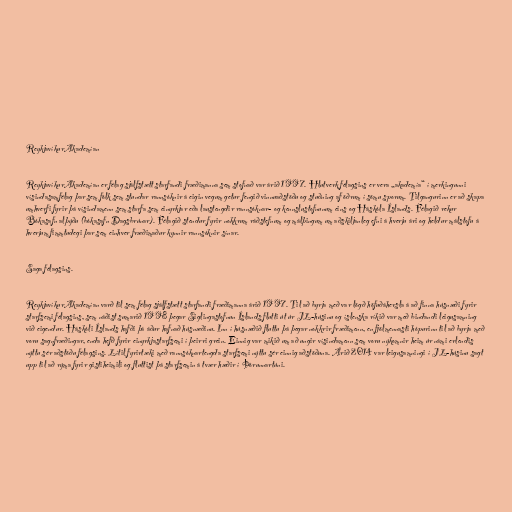
ReykjavíkurAkademían

ReykjavíkurAkademían er félag sjálfstætt starfandi fræðimanna sem stofnað var árið 1997. Hlutverk félagsins er vera „akademía“ í merkingunni
vísindasamfélag þar sem fólk sem stundar rannsóknir á eigin vegum getur fengið vinnuaðstöðu og stuðning af öðrum í sömu sporum. Tilgangurinn er að skapa
umhverfi fyrir þá vísindamenn sem starfa sem einyrkjar eða laustengdir rannsóknar- og kennslustofnunum eins og Háskóla Íslands. Félagið rekur
Bókasafn alþýðu (bókasafn Dagsbrúnar). Félagið stendur fyrir nokkrum ráðstefnum og málþingum um aðskiljanleg efni á hverju ári og heldur málstofu á
hverjum fimmtudegi þar sem einhver fræðimaður kynnir rannsóknir sínar.

Saga félagsins.

ReykjavíkurAkademían varð til sem félag sjálfstætt starfandi fræðimanna árið 1997. Til að byrja með var lögð höfuðáhersla á að finna húsnæði fyrir
starfsemi félagsins, sem náðist sumarið 1998 þegar Siglingastofnun Íslands flutti út úr JL-húsinu og íslenska ríkið var með bindandi leigusamning
við eigendur. Háskóli Íslands hafði þá áður hafnað húsnæðinu. Inn í húsnæðið fluttu þá þegar nokkrir fræðimenn, en fjölmennasti hópurinn til að byrja með
voru sagnfræðingar, enda hefð fyrir einyrkjastarfsemi í þeirri grein. Einnig var mikið um að ungir vísindamenn sem voru nýkomnir heim úr námi erlendis
nýttu sér aðstöðu félagsins. Lítil fyrirtæki með rannsóknartengda starfsemi nýttu sér einnig aðstöðuna. Árið 2014 var leigusamningi í JL-húsinu sagt
upp til að rýma fyrir gistiheimili og fluttist þá starfsemin á tvær hæðir í Þórunnartúni.